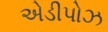
એડીપોઝ